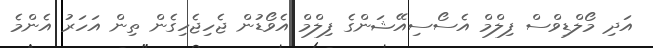
އަދި މޯލްޑިވްސް ފިލްމް އެސޯސިއޭޝަންގެ ފިލްމް އެވޯޑުން ޖެހިޖެހިގެން ތިން އަހަރު އެންމެ